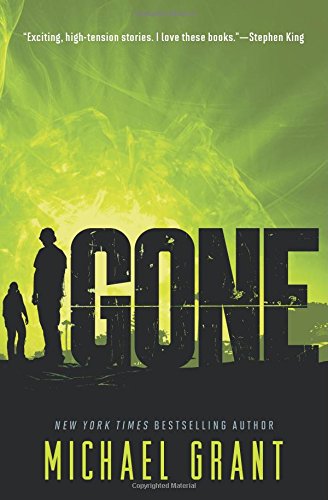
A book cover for Gone; Michael Grant; Teen & Young Adult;